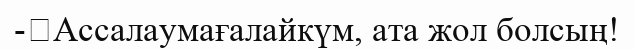
-	Ассалаумағалайкүм, ата жол болсың!